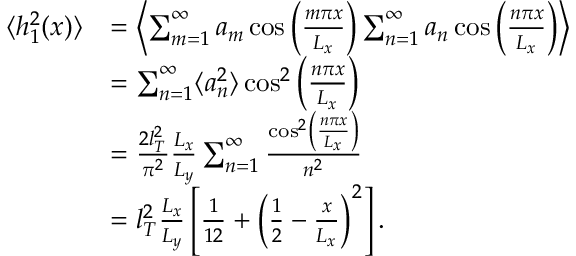
\begin{array} { r l } { \langle h _ { 1 } ^ { 2 } ( x ) \rangle } & { = \left\langle \sum _ { m = 1 } ^ { \infty } a _ { m } \cos \left( \frac { m \pi x } { L _ { x } } \right) \sum _ { n = 1 } ^ { \infty } a _ { n } \cos \left( \frac { n \pi x } { L _ { x } } \right) \right\rangle } \\ & { = \sum _ { n = 1 } ^ { \infty } \langle a _ { n } ^ { 2 } \rangle \cos ^ { 2 } \left( \frac { n \pi x } { L _ { x } } \right) } \\ & { = \frac { 2 l _ { T } ^ { 2 } } { \pi ^ { 2 } } \frac { L _ { x } } { L _ { y } } \sum _ { n = 1 } ^ { \infty } \frac { \cos ^ { 2 } \left( \frac { n \pi x } { L _ { x } } \right) } { n ^ { 2 } } } \\ & { = l _ { T } ^ { 2 } \frac { L _ { x } } { L _ { y } } \left[ \frac { 1 } { 1 2 } + \left( \frac { 1 } { 2 } - \frac { x } { L _ { x } } \right) ^ { 2 } \right] . } \end{array}